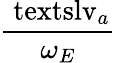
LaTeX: \displaystyle\frac{\mathrm{\ textsl{v}}_{a}}{\omega_{E}}